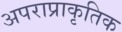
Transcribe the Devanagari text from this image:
अपराप्राकृतिक